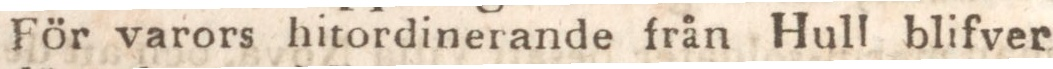
För varors hitordinerande från Hull blifver